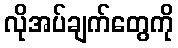
လိုအပ်ချက်တွေကို